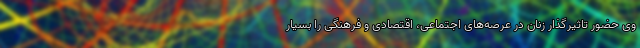
وی حضور تاثیرگذار زنان در عرصه‌های اجتماعی، اقتصادی و فرهنگی را بسیار